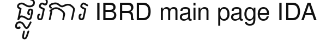
ផ្លូវការ IBRD main page IDA